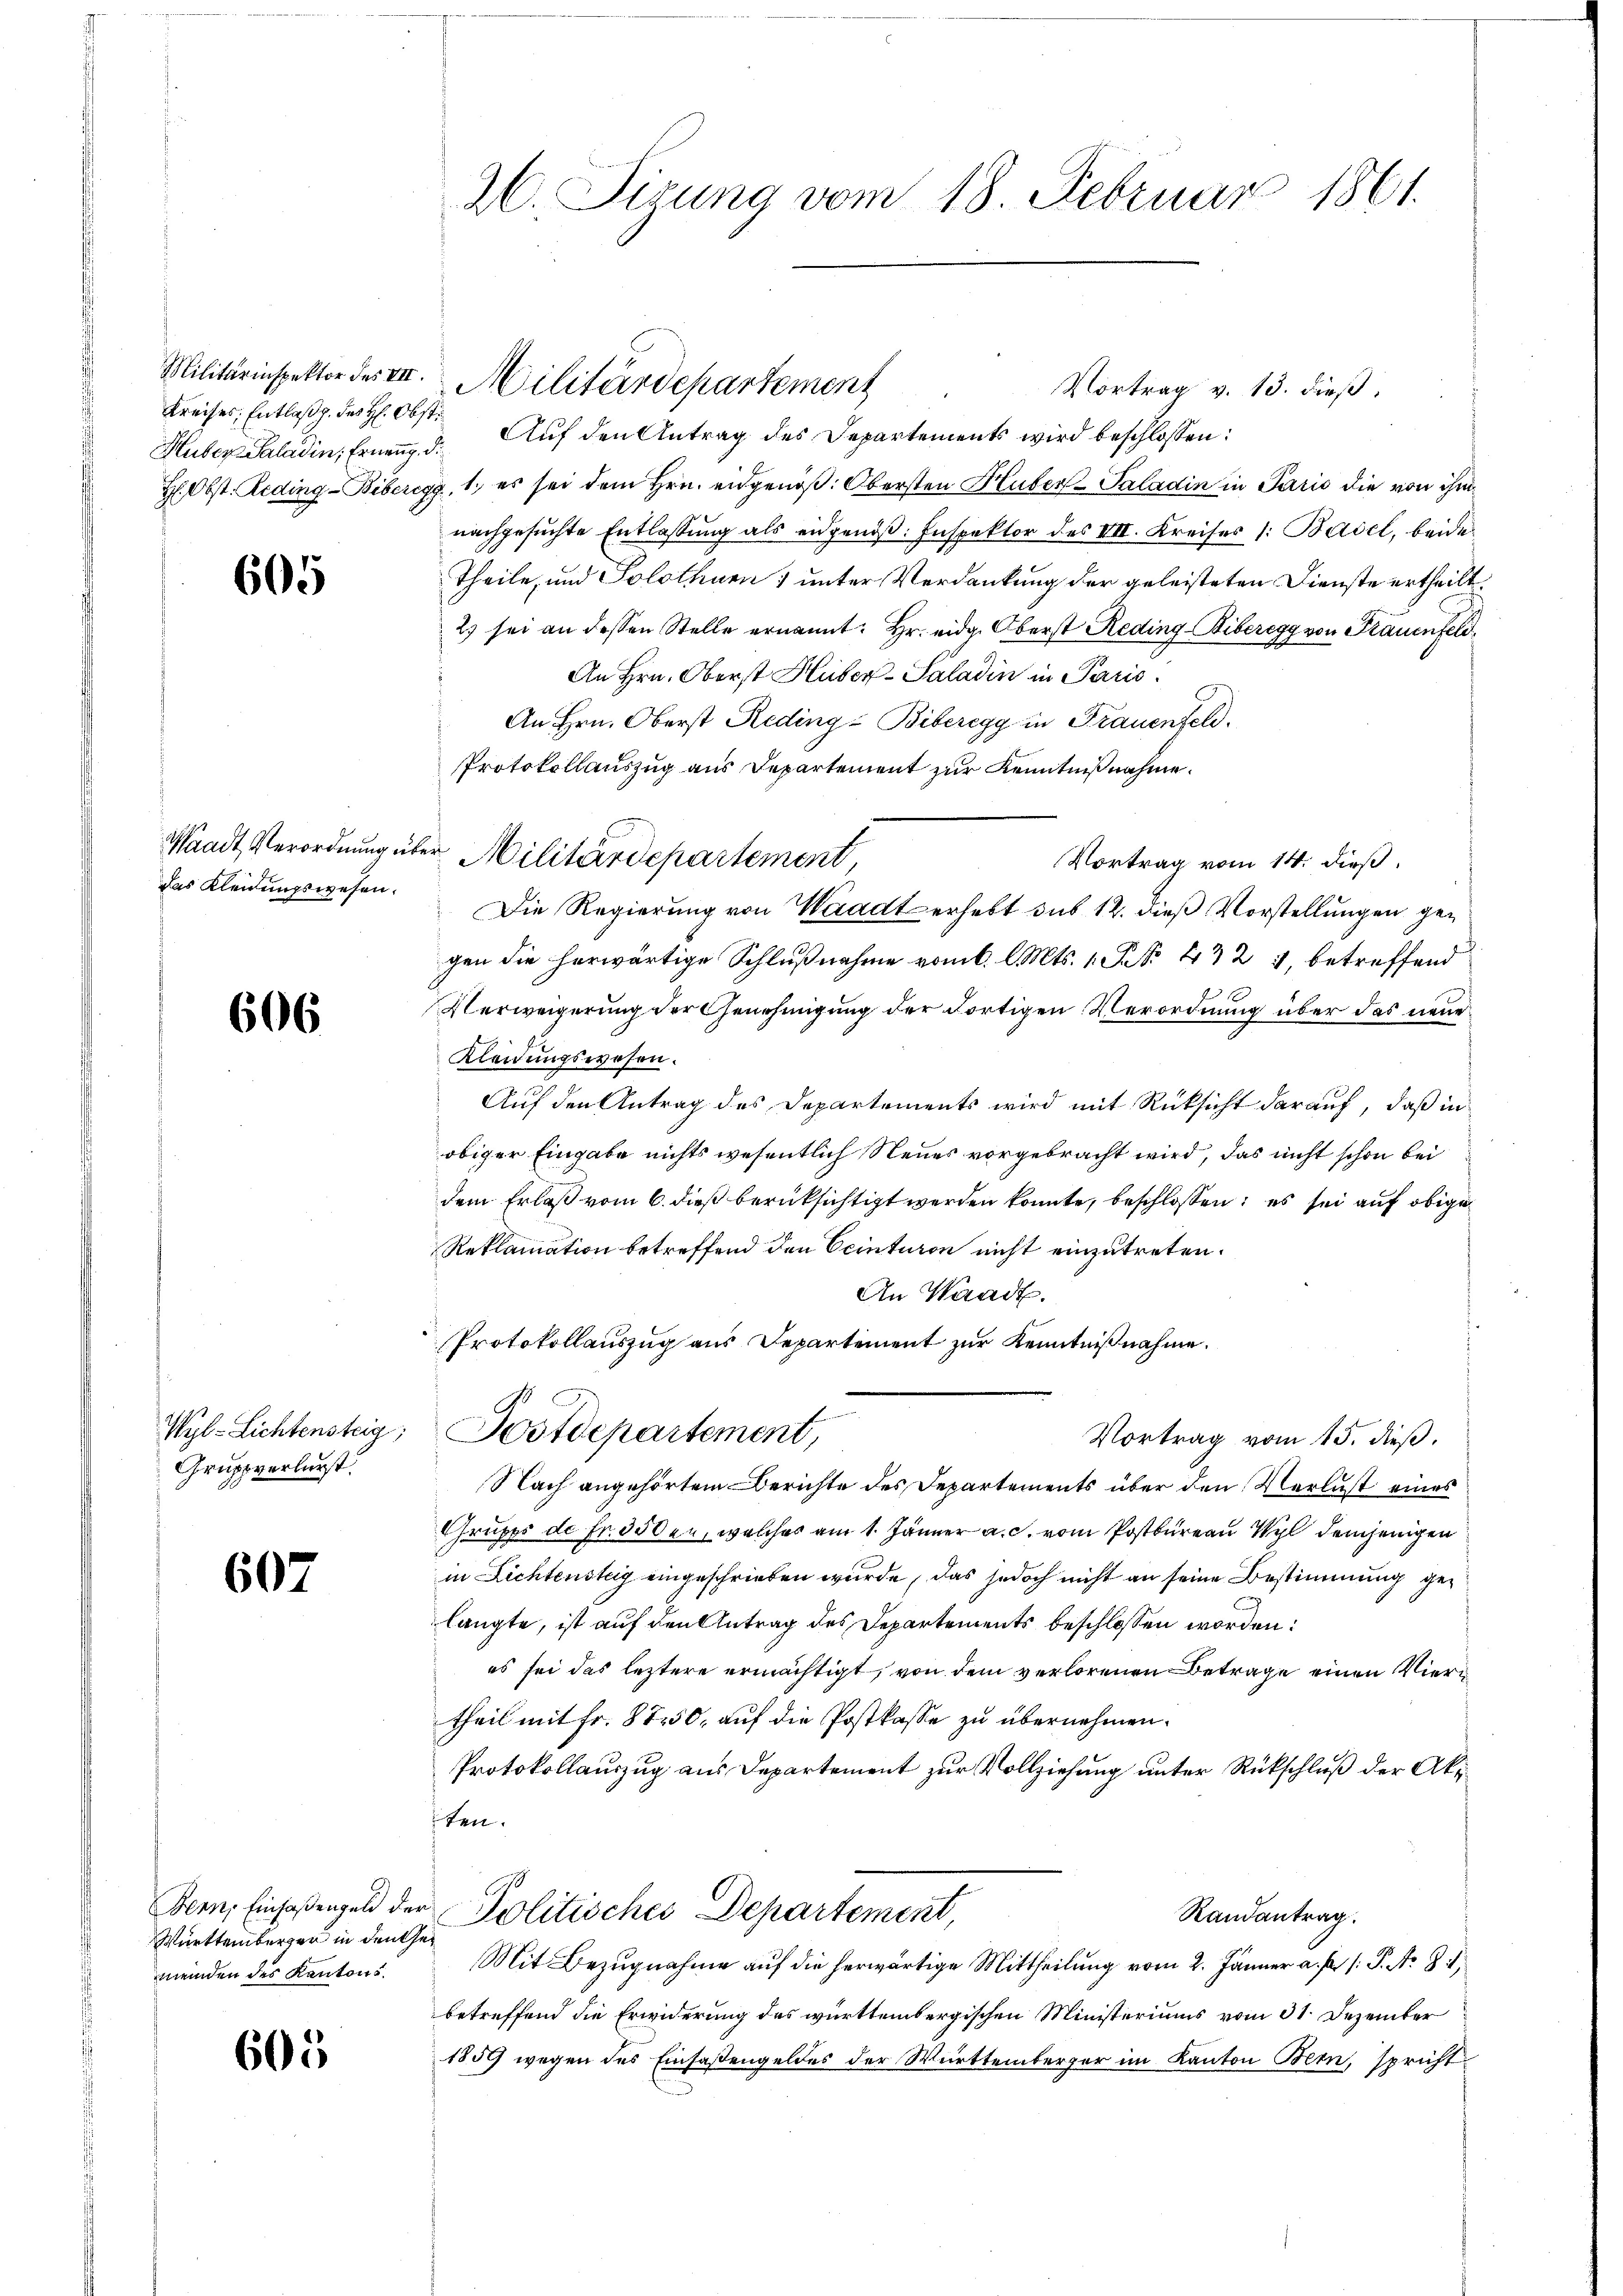
Militärinspektor des VII.
Huber-Paladin, Ernenz. d.

605

das Kleidungswesen.

606

Gruppverlurst

607

Württemberger in den Gemeinden des Kantons¬

605

26. Sizung vom 18. Februar 1861.

Vortrag v. 13. dieß.
Kreises, Entlasg. des H: Obst Auf den Antrag des Departements wird beschlossen:
H. Obst. Reding-Biberegg, 1. es sei dem Hrn. eidgenöß: Obersten Huber-Paladin in Paris die von ihm
nachgesuchte Entlassung als eidgenoß: Inspektor des III. Kreises /: Basel, beide
Theile, und Solothurn , unter Verdankung der geleisteten Dienste ertheilt.
2) sei an dessen Stelle ernannt: Hr. eidg. Oberst Reding-Biberegg von Frauenfeld
An Hrn. Oberst Huber-Saladin in Paris.
An Hrn. Oberst Reding-Biberegg in Frauenfeld.
Protokollauszug aus Departement zur Kenntnißnahme.
Vortrag vom 14. dieß,
Die Regierung von Waadt erhebt sub 12. dieß Vorstellungen gegen die herwärtige Schlußnahme vom 6. l. Mts. 1. Fr. 472 4, betreffend
Verweigerung der Genehmigung der dortigen Verordnung über das neue
Kleidungswesen.
Auf den Antrag des Departements wird mit Rücksicht darauf, daß in
obiger Eingabe nichts wesentlich Neues vorgebracht wird, das nicht schon bei
dem Erlaß vom 6. dieß berüksichtigt werden konnte, beschlossen; es sei auf obige
Reklamation betreffend den Ceinturen nicht einzutreten.
An Waadt.
Protokollauszug aus Departement zur Kenntnißnahme.
Wyl-Lichtensteig; Postdepartement,
Vortrag vom 15. dieβ.
Nach angehörtem Berichte des Departements über den Verlust eines
Grupps de Fr. 350er, welches am 1. Jänner a. c. vom Postbureau Wyl demjenigen
in Lichtensteig eingeschrieben wurde, das jedoch nicht an seine Bestimmung gelangte, ist auf den Antrag des Departements beschlossen worden:
es sei das leztere ermächtigt, von dem verlorenen Betrage einen Vier
theil mit Fr. 8750, auf die Postkasse zu übernehmen.
Protokollauszug aus Departement zur Vollziehung unter Rückschluß der Akten.
Bern, Einfaßengeld der Politisches Departement,
Randantrag.
Mit Bezugnahme auf die herwärtige Mittheilung vom 2. Jänner a. p. s. S. N. 8
betreffend die Erwiderung des württembergischen Ministeriums vom 31. Dezember
1859 wegen des Einsaßengeldes der Württemberger im Kanton Bern, spricht

Waadt, Verordnung über Militärdepartement

Militärdepartement